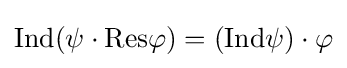
{\text{Ind}}(\psi \cdot {\text{Res}}\varphi )=({\text{Ind}}\psi )\cdot \varphi